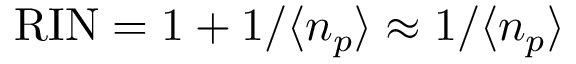
\mathrm { R I N } = 1 + 1 / \langle n _ { p } \rangle \approx 1 / \langle n _ { p } \rangle